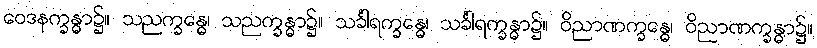
ဝေဒနက္ခန္ဓာ၌။ သညက္ခန္ဓေ၊ သညက္ခန္ဓာ၌။ သင်္ခါရက္ခန္ဓေ၊ သင်္ခါရက္ခန္ဓာ၌။ ဝိညာဏက္ခန္ဓေ၊ ဝိညာဏက္ခန္ဓာ၌။